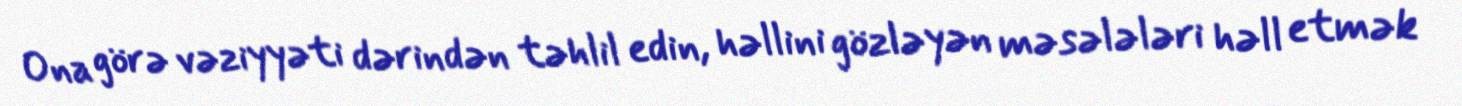
Ona görə vəziyyəti dərindən təhlil edin, həllini gözləyən məsələləri həll etmək